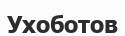
Ухоботов